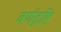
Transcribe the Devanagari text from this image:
वर्णदृष्टि